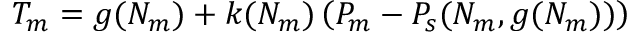
T _ { m } = g ( N _ { m } ) + k ( N _ { m } ) \left( P _ { m } - P _ { s } ( N _ { m } , g ( N _ { m } ) ) \right)